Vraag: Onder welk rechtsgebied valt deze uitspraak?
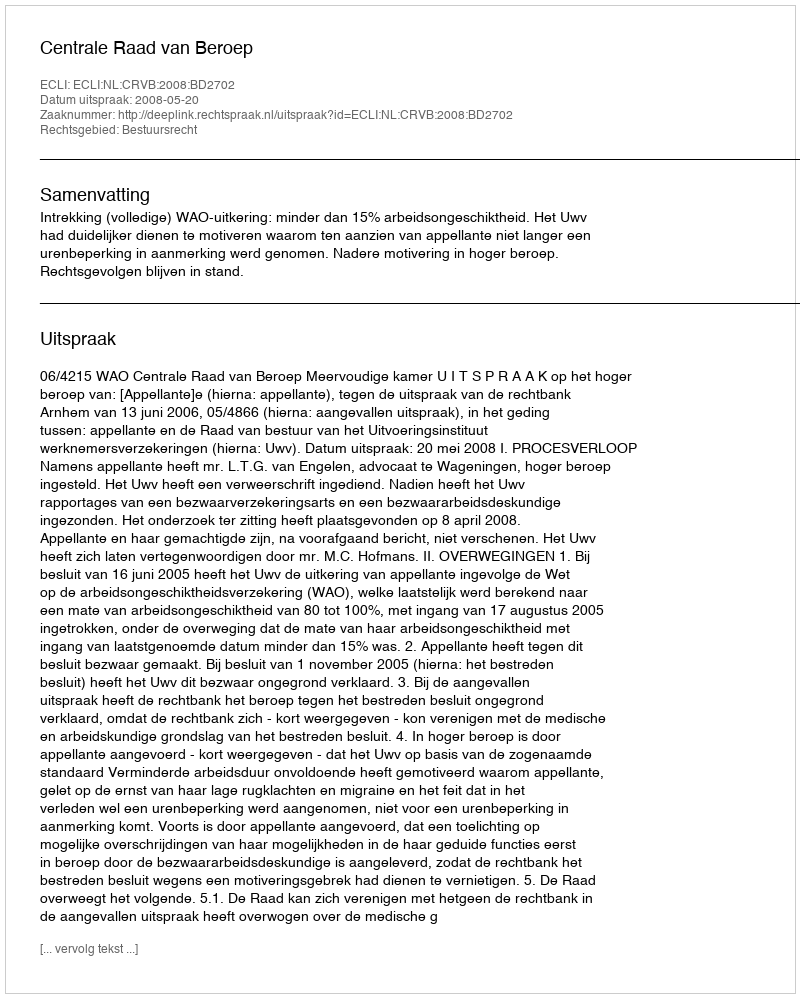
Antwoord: Bestuursrecht